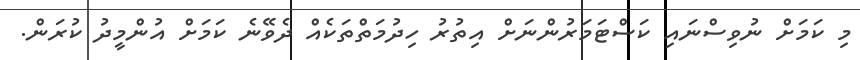
މި ކަމަށް ނުވިސްނައި ކަސްޓަމަރުންނަށް އިތުރު ހިދުމަތްތަކެއް ދެވޭނެ ކަމަށް އުންމީދު ކުރަން.